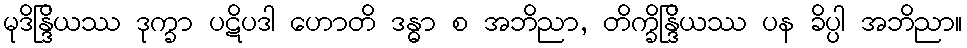
မုဒိန္ဒြိယဿ ဒုက္ခာ ပဋိပဒါ ဟောတိ ဒန္ဓာ စ အဘိညာ, တိက္ခိန္ဒြိယဿ ပန ခိပ္ပါ အဘိညာ။